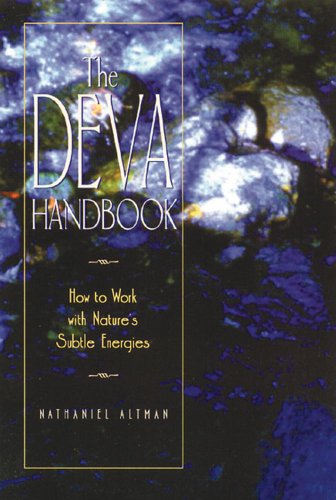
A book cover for The Deva Handbook: How to Work with Nature's Subtle Energies; Nathaniel Altman; Religion & Spirituality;